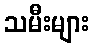
သမီးများ